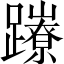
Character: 𨇉